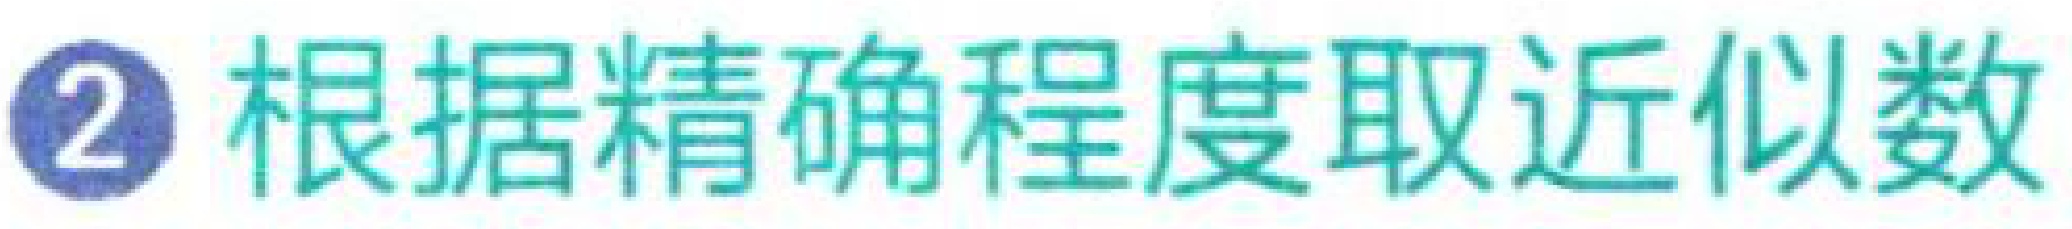
\textcircled{2} 根据精确程度取近似数